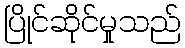
ပြိုင်ဆိုင်မှုသည်